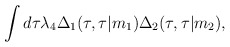
\begin{align*}\int d \tau {\lambda}_4 {\Delta}_1(\tau,\tau\vert m_1) {\Delta}_2(\tau,\tau\vert m_2) ,\end{align*}